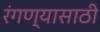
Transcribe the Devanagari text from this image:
रंगण्यासाठी